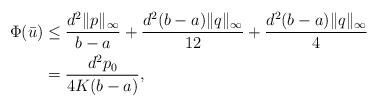
\begin{align*}\Phi(\bar u) &\le \frac{d^2\|p\|_\infty}{b-a}+\frac{d^2(b-a)\|q\|_\infty}{12}+\frac{d^2(b-a)\|q\|_\infty}{4} \\&= \frac{d^2p_0}{4K(b-a)}, \end{align*}